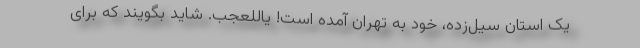
یک استان سیل‌زده، خود به تهران آمده است! یاللعجب. شاید بگویند که برای